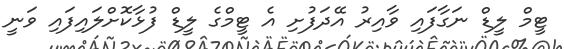
ޓީމް ލީޑް ނަގާފައި ވާއިރު އޭދަފުށި އެ ޓީމްގެ ލީޑް ފުޅާކޮށްލައިފައި ވަނީ